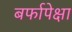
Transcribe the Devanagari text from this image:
बर्फापेक्षा